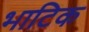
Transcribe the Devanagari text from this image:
भाटिक